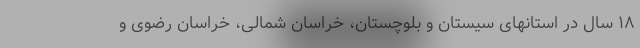
۱۸ سال در استانهای سیستان و بلوچستان، خراسان شمالی، خراسان رضوی و